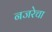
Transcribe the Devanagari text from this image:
नजरेचा